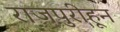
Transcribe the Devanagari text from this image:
राजपुरीहून